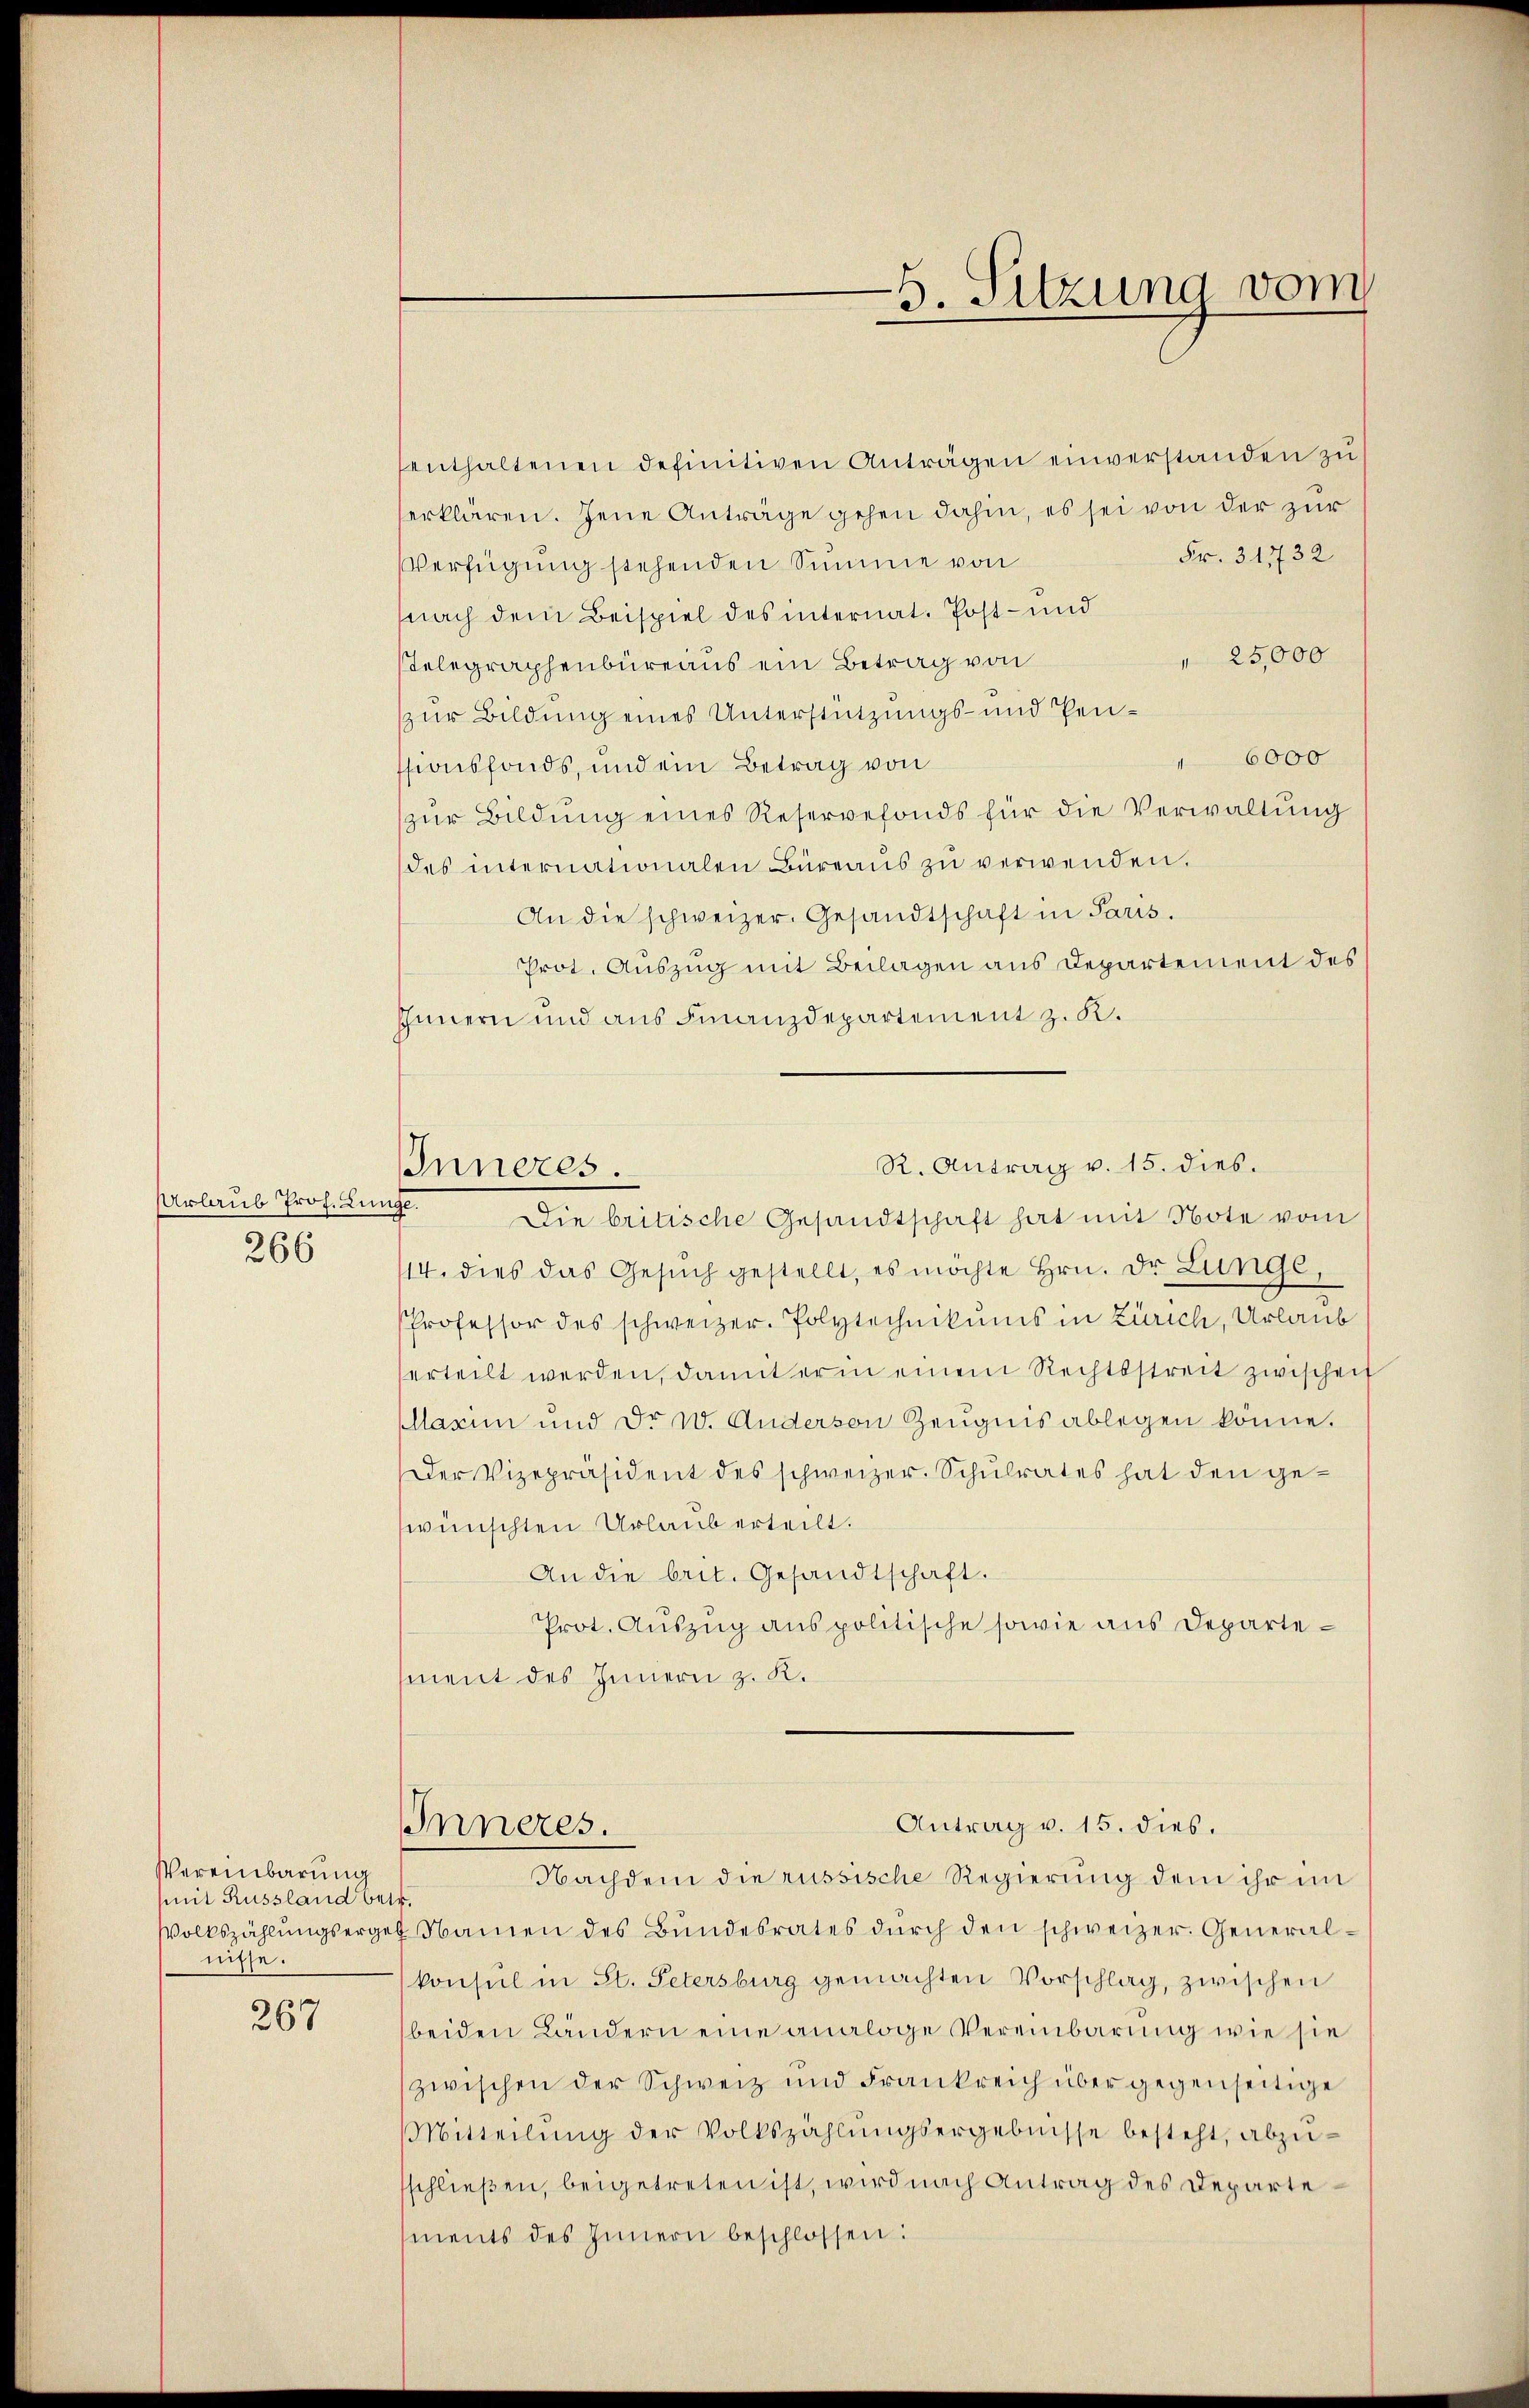
Urlaub Prof. Lin
266

enthaltenen definitiven Anträgen einverstanden zu
erklären. Jene Anträge gehen dahin, es sei von der zur
Fr. 31732
Verfügung stehenden Summe von
nach dem Beispiel des internat. Post- und
 25,000
stelegraphenbüreaus ein Betrag von
zur Bildung eines Unterstützungs- und Pen¬
" 6000
ssionsfonds, und ein Betrag von
zŭr Bildung eines Reservefonds für die Verwaltŭng
des internationalen Büreaus zu verwenden.
An die schweizer. Gesandtschaft in Paris.
Prot. Auszug mit Beilagen aus Departement des
Innern und aus Finanzdepartement z. K.

Vereinbarung
Mit Russland betr.
nisse.

267

Inneres
a

Die britische Gesandtschaft hat mit Note vom
14. dies das Gesŭch gestellt, es möchte Hrn. Dr. Lunge,
Professor des schweizer. Polytechnikums in Zürich, Urlaub
erteilt werden, damit er in einem Rechtsstreit zwischeif
Mllarin und Dr. W. Anderson Zeŭgnis ablegen könne.
Der Vizepräsident des schweizer. Schulrates hat den gewünschten Urlaub erteilt.
An die brit. Gesandtschaft.
Prot. Auszug aus politische sowie aus Departement des Innern z. K.

Inneres.

Nachdem die russische Regierung dem ihr im
Volkszählŭngsergeb Namen des Bundesrates dŭrch den schweizer. Generalkonsul in St. Petersburg gemachten Vorschlag, zwischen
beiden Ländern eine analoge Vereinbarung wie sie
zwischen der Schweiz und Frankreich über gegenseitige
Mitteilŭng der Volkszählŭngsergebnisse besteht, abzŭ-
sschließen, beigetreten ist, wird nach Antrag des Departements des Innern beschlossen:

-5. Sitzung vom

R. Antrag v. 15. dies

Antrag v. 15. dies.